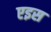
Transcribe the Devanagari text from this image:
एइस